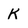
Character: K